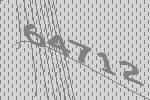
64712